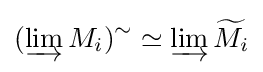
(\varinjlim M_{i})^{\sim }\simeq \varinjlim {\widetilde {M_{i}}}